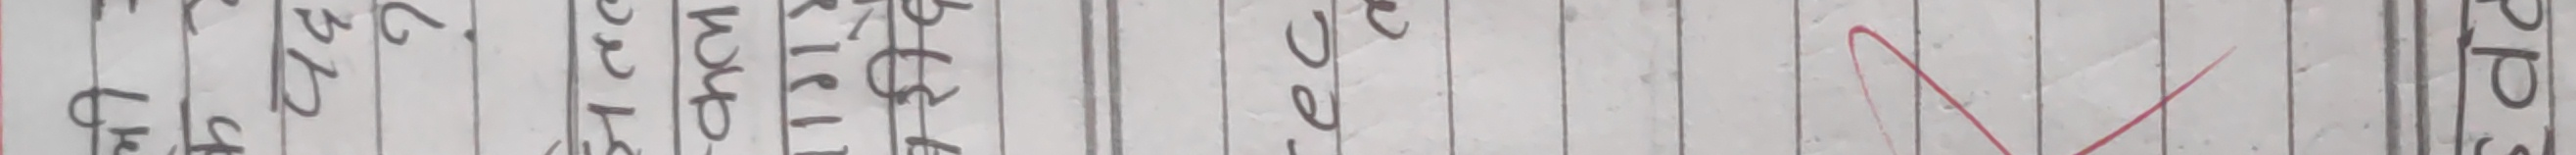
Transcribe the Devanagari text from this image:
बच्चा